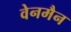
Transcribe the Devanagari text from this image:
वेनमैन